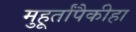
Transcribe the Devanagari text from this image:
मुहूर्तांपैकीहा